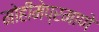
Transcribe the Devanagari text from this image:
मोहीमेप्रमाणे